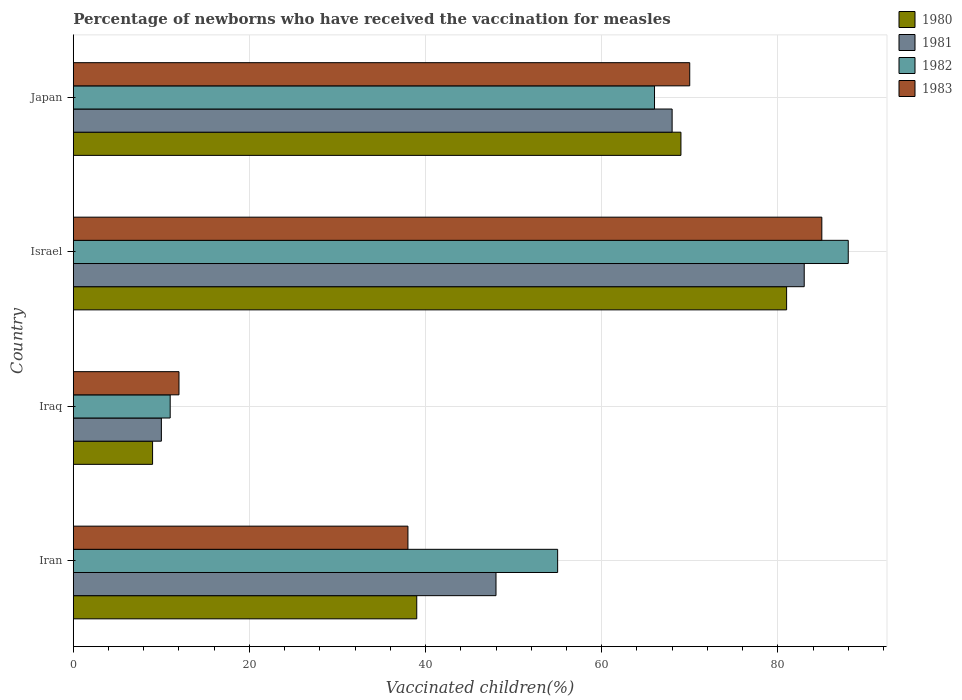
| Country | 1980 | 1981 | 1982 | 1983 |
 | --- | --- | --- | --- | --- |
 | Iran | 39 | 48 | 55 | 38 |
 | Iraq | 9 | 10 | 11 | 12 |
 | Israel | 81 | 83 | 88 | 85 |
 | Japan | 69 | 68 | 66 | 70 |